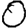
Digit: 0